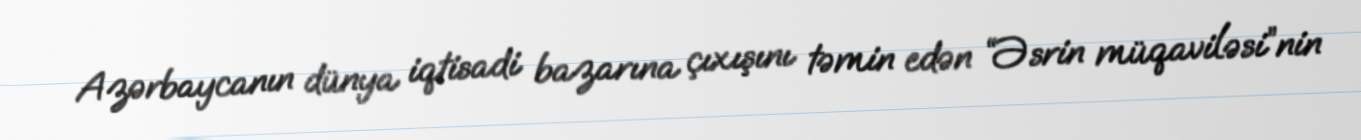
Azərbaycanın dünya iqtisadi bazarına çıxışını təmin edən “Əsrin müqaviləsi”nin